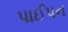
પાઈપન